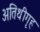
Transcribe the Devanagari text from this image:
अतिथीगृह